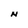
Character: N